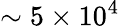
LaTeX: \sim 5\times 10^{4}